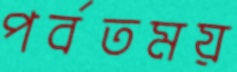
পর্বতময়